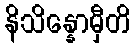
နိသိန္နောမှီတိ